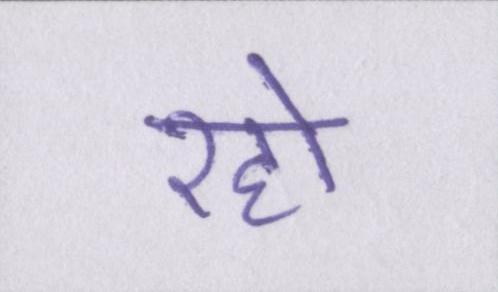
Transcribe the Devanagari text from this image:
रहो